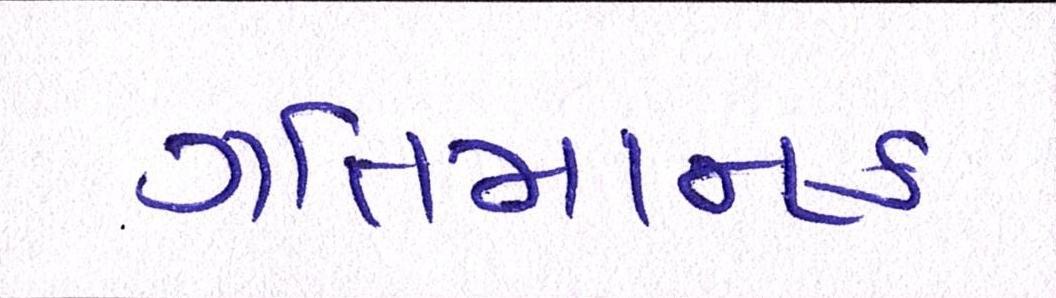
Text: ગતિમાનક